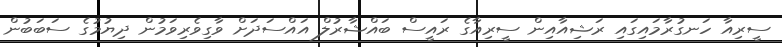
ސީރިއާ ހަނގުރާމައިގައި ރަޝިއާއިން ސީރިއާގެ ރައީސް ބައްޝާރުލް އައްސަދަށް ވާގިވެރިވަމުން ދިޔުމުގެ ސަބަބުން